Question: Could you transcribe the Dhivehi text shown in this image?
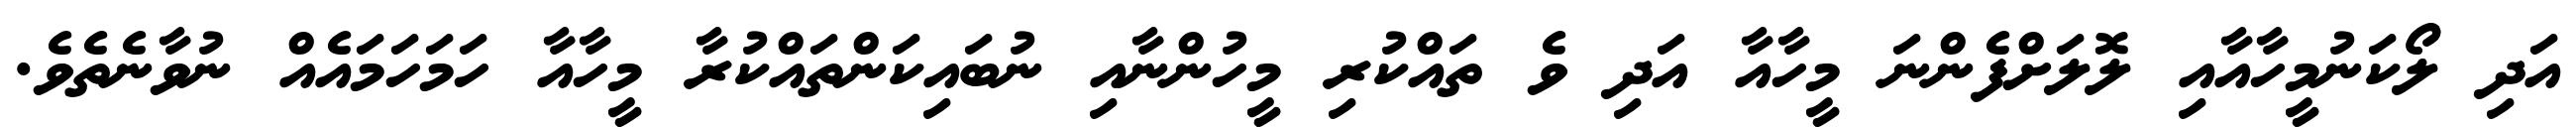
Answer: އަދި ލޯކަނުމީހާއާއި ލޮލަށްފެންނަ މީހާއާ އަދި ވެ ތައްކުރި މީހުންނާއި ނުބައިކަންތައްކުރާ މީހާއާ ހަމަހަމައެއް ނުވާނެތެވެ.